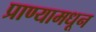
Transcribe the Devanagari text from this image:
प्राण्यामधून